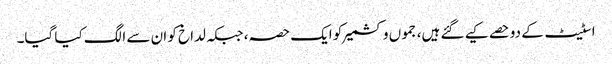
اسٹیٹ کے دوحصے کیے گئے ہیں، جموں وکشمیر کو ایک حصہ، جبکہ لداخ کو ان سے الگ کیا گیا۔